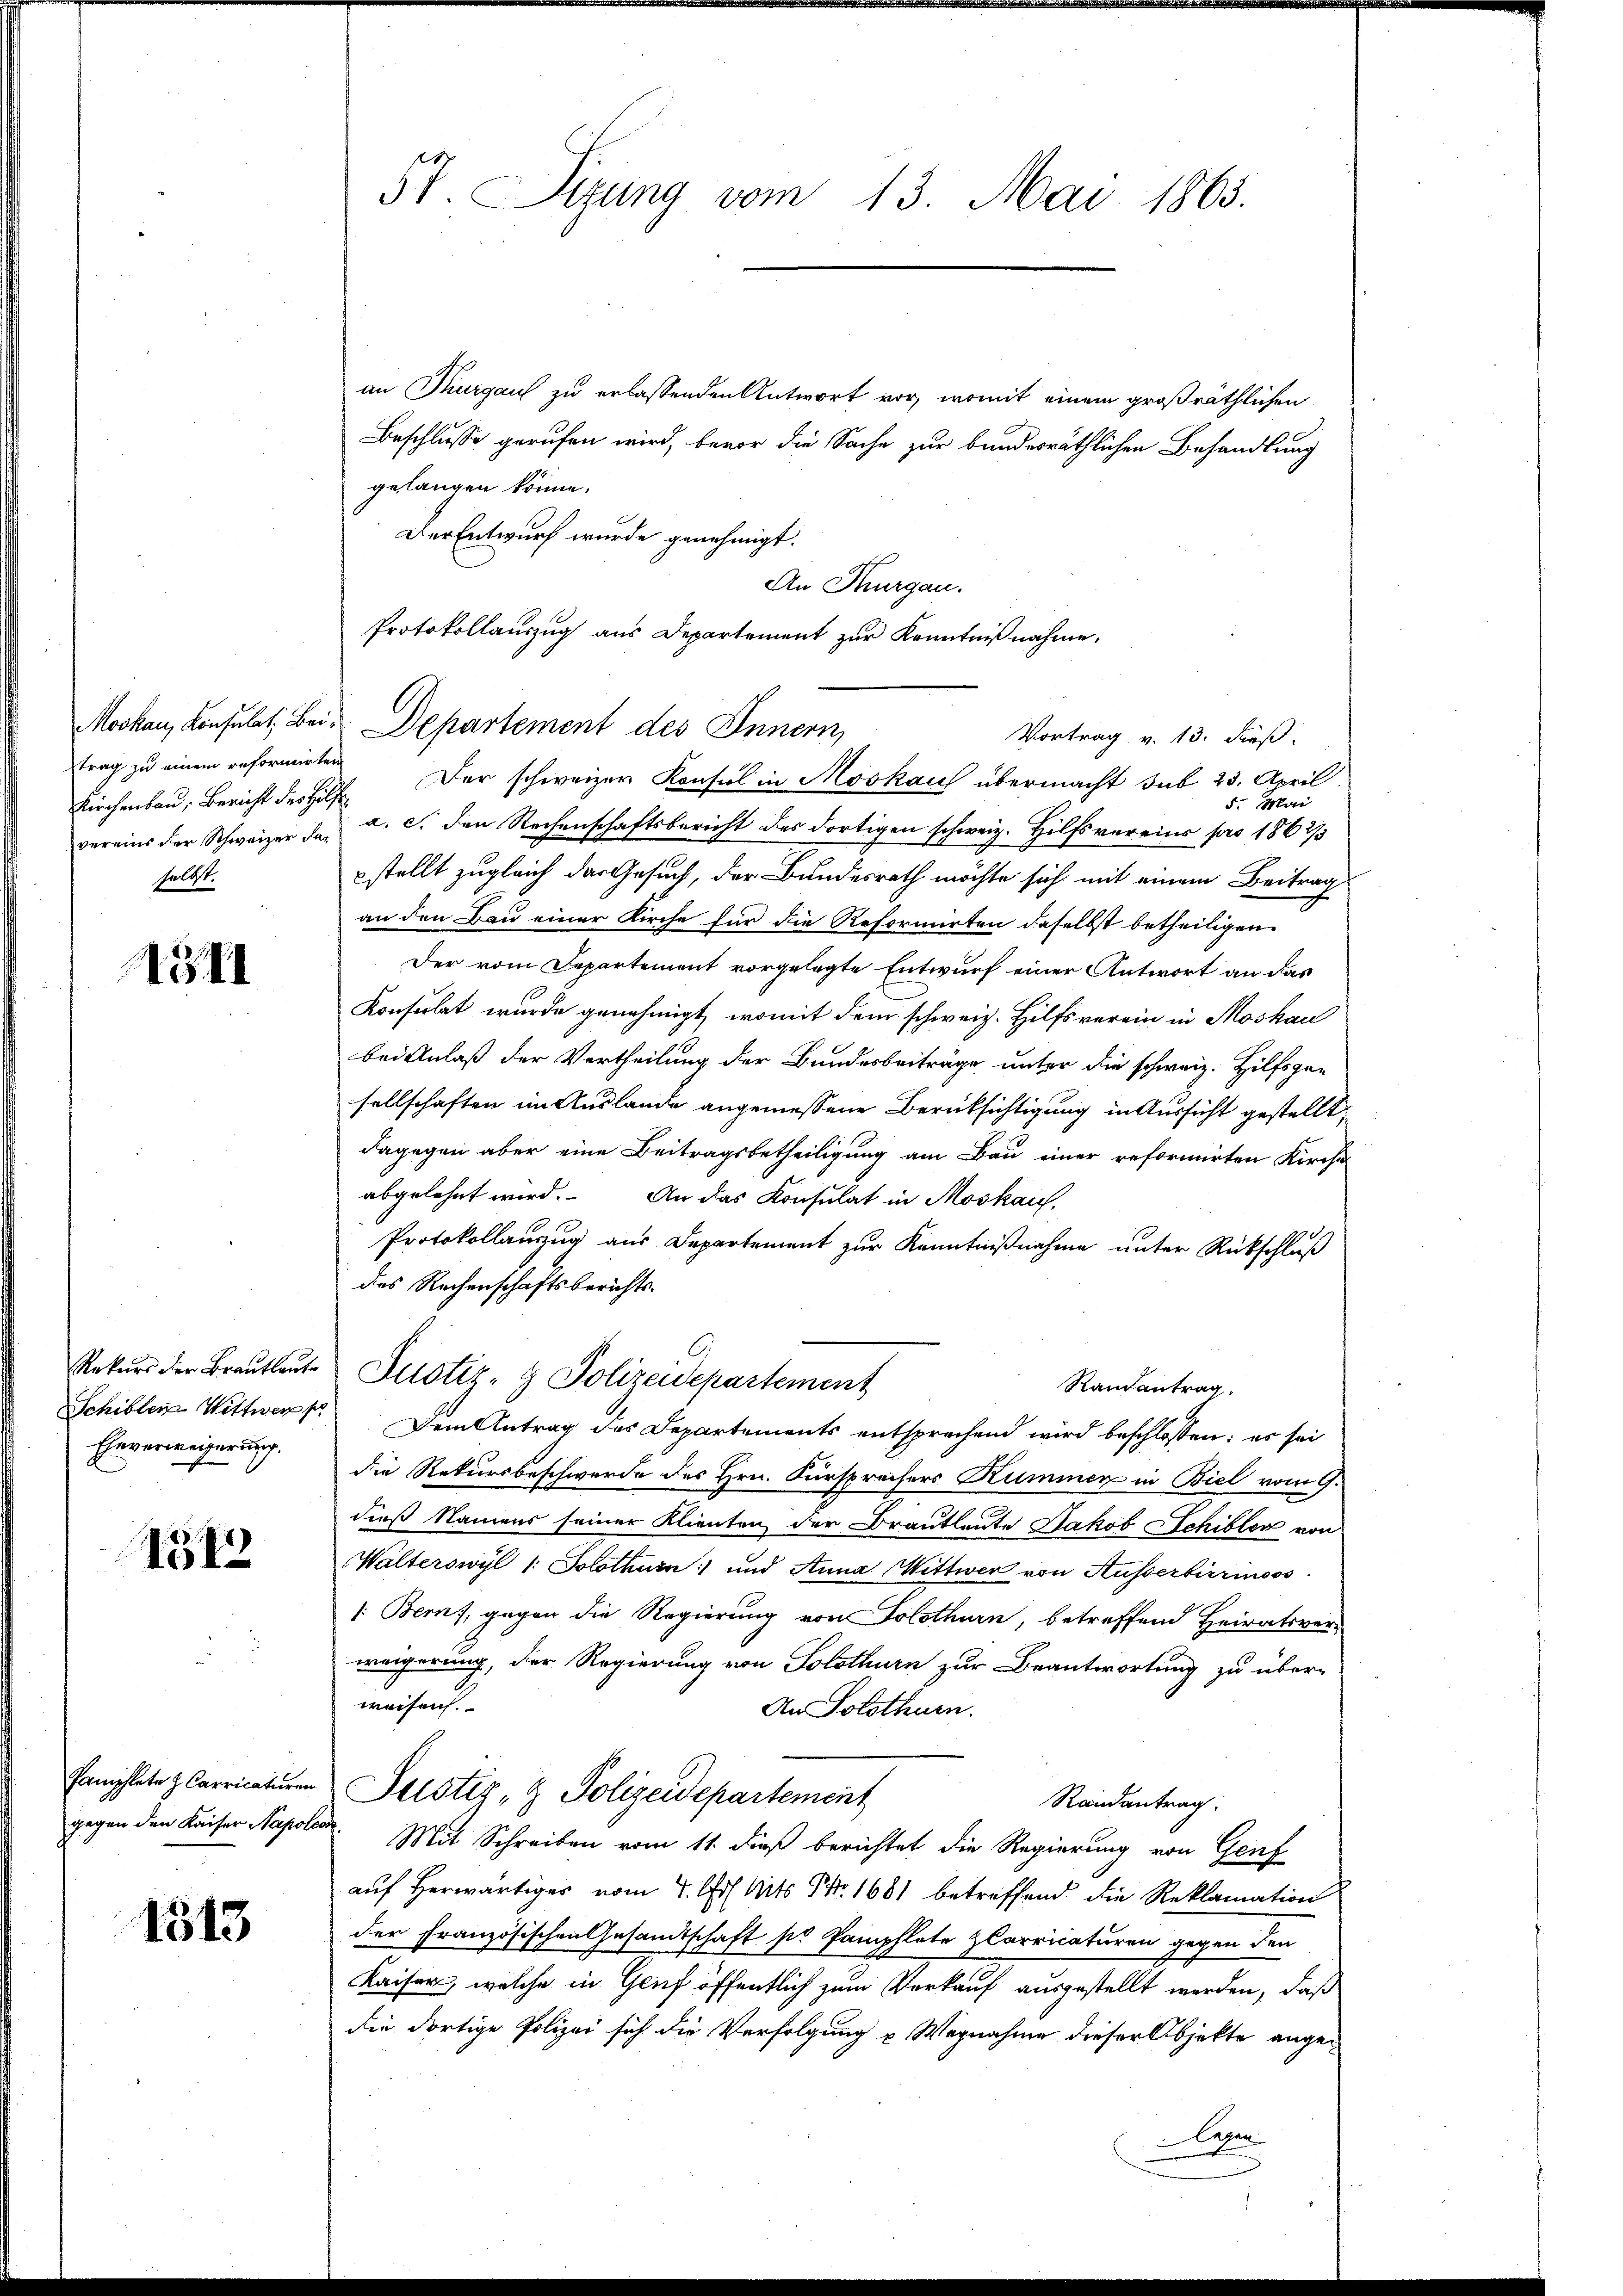
trag zu einem reformirten
selbst.

5II

Eheverweiserung.

1512

1513

57. Sizung vom 13. Mai 1865.

an Thurgaus zu erlassenden Antwort vor, womit einem großräthlichen
Beschlusse gerufen wird, bevor die Sache zur bundesräthlichen Behandlung
gelangen könne.
Der Entwurf wurde genehmigt.
An Thurgau.
Protokollauszug aus Departement zur Kenntnißnahme.
Kirchenbau, Bericht des Hilfe. Der schweizer Konsul in Moskauf übermacht sub 23. April.
5. Mai
vereins der Schweizer da. a. c. den Rechenschaftsbericht des dortigen schweiz. Hilfsvereins pro 1862/3
stellt zugleich das Gesuch, der Bundesrath möchte sich mit einem Beitrag
an den Bau einer Kirche für die Reformirten daselbst betheiligen.
Der vom Departement vorgelegte Entwurf einer Antwort an das
Konsulat wurde genehmigt, womit dem schweiz. Hilfsverein in Moskau
bei Anlaß der Vertheilung der Bundesbeiträge unter die schweiz. Hilfsgesellschaften im Auslande angemessene Berücksichtigung in Aussicht gestellt,
dagegen aber eine Beitragsbetheiligung am Bau einer reformirten Kirche
abgelehnt wird. An das Konsulat in Moskauf,
Protokollauszug aus Departement zur Kenntnißnahme unter Rückschluß
des Rechenschaftsberichts-
Rekŭrs der Brautleŭte Justiz- & Polizeidepartement
Rautantrag.
Schibler Wittwert. Dem Antrag des Departements entsprechend wird beschlossen: er sei
die Rekursbeschwerde des Hrn. Fürspreisers Hummer in Biel vom 9.
dieß Namens seiner Klienten der Brautleute Jakob Schibler von
Walterswyl 1: Solothurn und Anna Wittwer von Ausserbirrinoss
/: Bern, gegen die Regierung von Solothurn, betreffend Heiratsverweigerung, der Regierung von Solothurn zur Beantwortung zu über-
weisen.
An Solothurn.
Pamphlete zu Carricaturen Justiz- & Polizeidepartement
Randantrag:
gegen den Kaiser Napolen. Mit Schreiben vom 11. dieß berichtet die Regierung von Genf
auf herwärtiges vom 4. Art. Mits Nr. 1681 betreffend die Reklamation
der Französischen Gesandtschaft so Pamphlete Carricaturen gegen den
Kaiser, welche in Glief öffentlich zum Verkauf ausgestellt werden, daß
die dortige Polizei sich die Verfolgung u Wegnahme dieser Objekte ange-
Lazen

Moskau, Konsulat, Bei Departement des Innern,

Vortrag v. 13. dieß